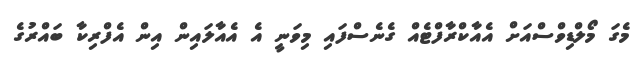
މެގަ މޯލްޑިވްސްއަށް އެއާކްރާފްޓެއް ގެނެސްފަައި މިވަނީ އެ އެއާލައިން އިން އެފްރިކާ ބައްރުގެ